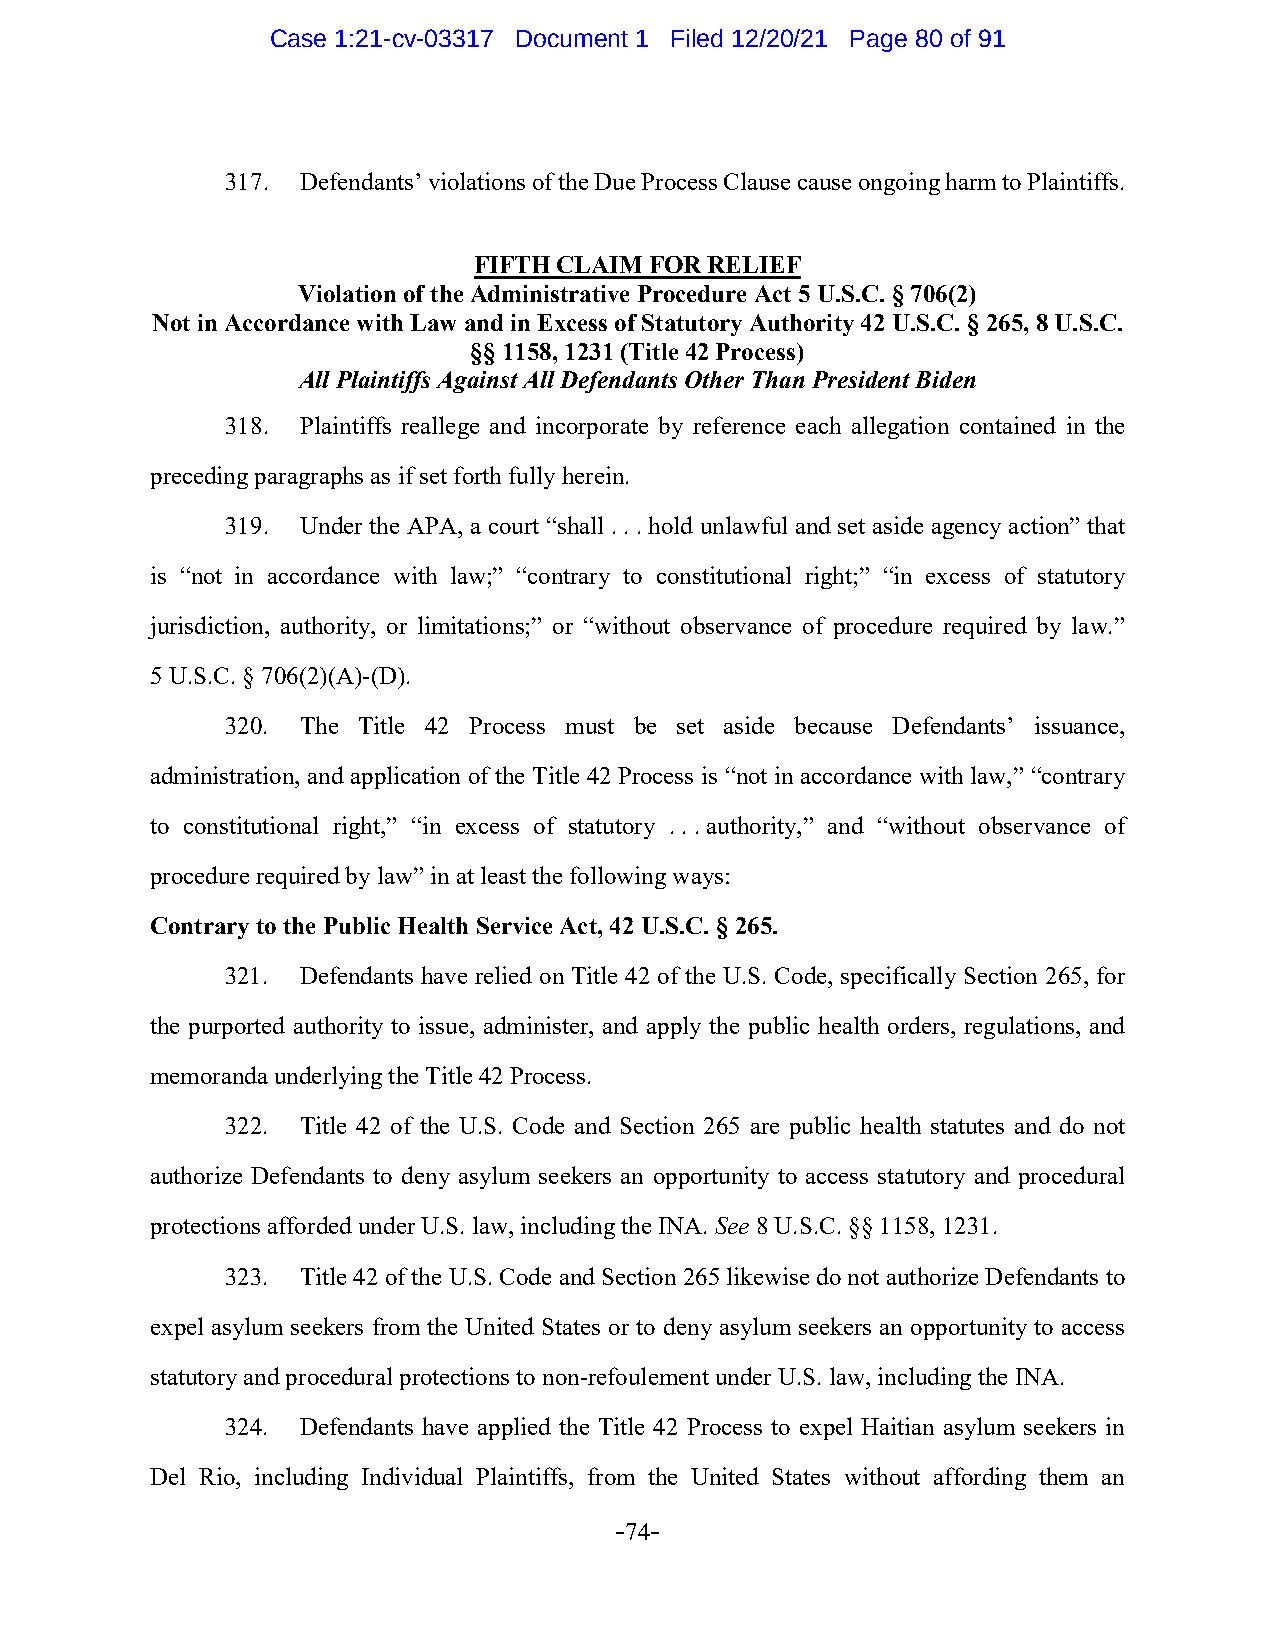
Case 1:21-cv-03317 Document 1 Filed 12/20/21 Page 80 of 91
 317. Defendants’ violations of the Due Process Clause cause ongoing harm to Plaintiffs.
 FIFTH CLAIM FOR RELIEF
 Violation of the Administrative Procedure Act 5 U.S.C. § 706(2)
 Not in Accordance with Law and in Excess of Statutory Authority 42 U.S.C. § 265, 8 U.S.C.
 §§ 1158, 1231 (Title 42 Process)
 All Plaintiffs Against All Defendants Other Than President Biden
 318. Plaintiffs reallege and incorporate by reference each allegation contained in the
 preceding paragraphs as if set forth fully herein.
 319. Under the APA, a court “shall . . . hold unlawful and set aside agency action” that
 is “not in accordance with law;” “contrary to constitutional right;” “in excess of statutory
 jurisdiction, authority, or limitations;” or “without observance of procedure required by law.”
 5 U.S.C. § 706(2)(A)-(D).
 320. The Title 42 Process must be set aside because Defendants’ issuance,
 administration, and application of the Title 42 Process is “not in accordance with law,” “contrary
 to constitutional right,” “in excess of statutory . . . authority,” and “without observance of
 procedure required by law” in at least the following ways:
 Contrary to the Public Health Service Act, 42 U.S.C. § 265.
 321. Defendants have relied on Title 42 of the U.S. Code, specifically Section 265, for
 the purported authority to issue, administer, and apply the public health orders, regulations, and
 memoranda underlying the Title 42 Process.
 322. Title 42 of the U.S. Code and Section 265 are public health statutes and do not
 authorize Defendants to deny asylum seekers an opportunity to access statutory and procedural
 protections afforded under U.S. law, including the INA. See 8 U.S.C. §§ 1158, 1231.
 323. Title 42 of the U.S. Code and Section 265 likewise do not authorize Defendants to
 expel asylum seekers from the United States or to deny asylum seekers an opportunity to access
 statutory and procedural protections to non-refoulement under U.S. law, including the INA.
 324. Defendants have applied the Title 42 Process to expel Haitian asylum seekers in
 Del Rio, including Individual Plaintiffs, from the United States without affording them an
 -74-